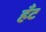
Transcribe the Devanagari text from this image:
हँट